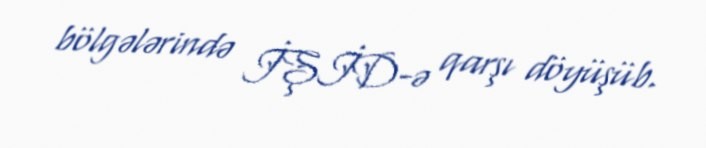
bölgələrində İŞİD-ə qarşı döyüşüb.